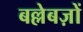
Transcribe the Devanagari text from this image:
बल्लेबज़ों